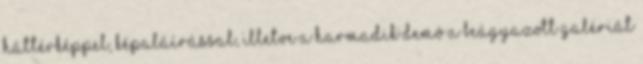
háttérképpel, képaláírással, illetve a harmadik demó a beágyazott galériát